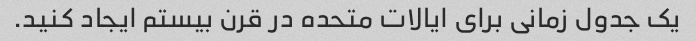
یک جدول زمانی برای ایالات متحده در قرن بیستم ایجاد کنید.